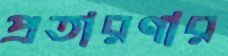
প্রতারণার